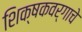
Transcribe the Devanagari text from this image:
शिक्षकवर्गाचे